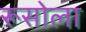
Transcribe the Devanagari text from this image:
रूसोला